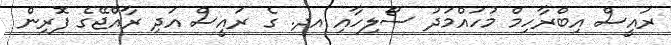
ރައީސް އިބްރާހިމް މުހައްމަދު ސޯލިހާއި އދ. ގެ ރައީސް އަދި ރާއްޖޭގެ ފޮރިން